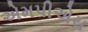
એમપીએચ